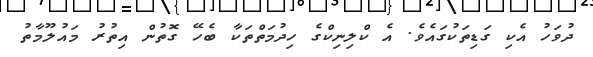
ދުވަހު އެކި ގަޑިތަކުގައެވެ. އެ ކްލިނިކްގެ ހިދުމަތްތަކާ ބެހޭ ގޮތުން އިތުރު މައުލޫމާތު